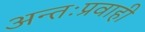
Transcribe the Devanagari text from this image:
अन्तःप्रवाही